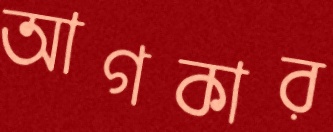
আগকার